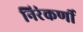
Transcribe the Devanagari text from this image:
निरंकर्णी